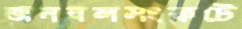
জনবলসংকটে